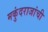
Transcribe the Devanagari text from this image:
मकुंदराजांची